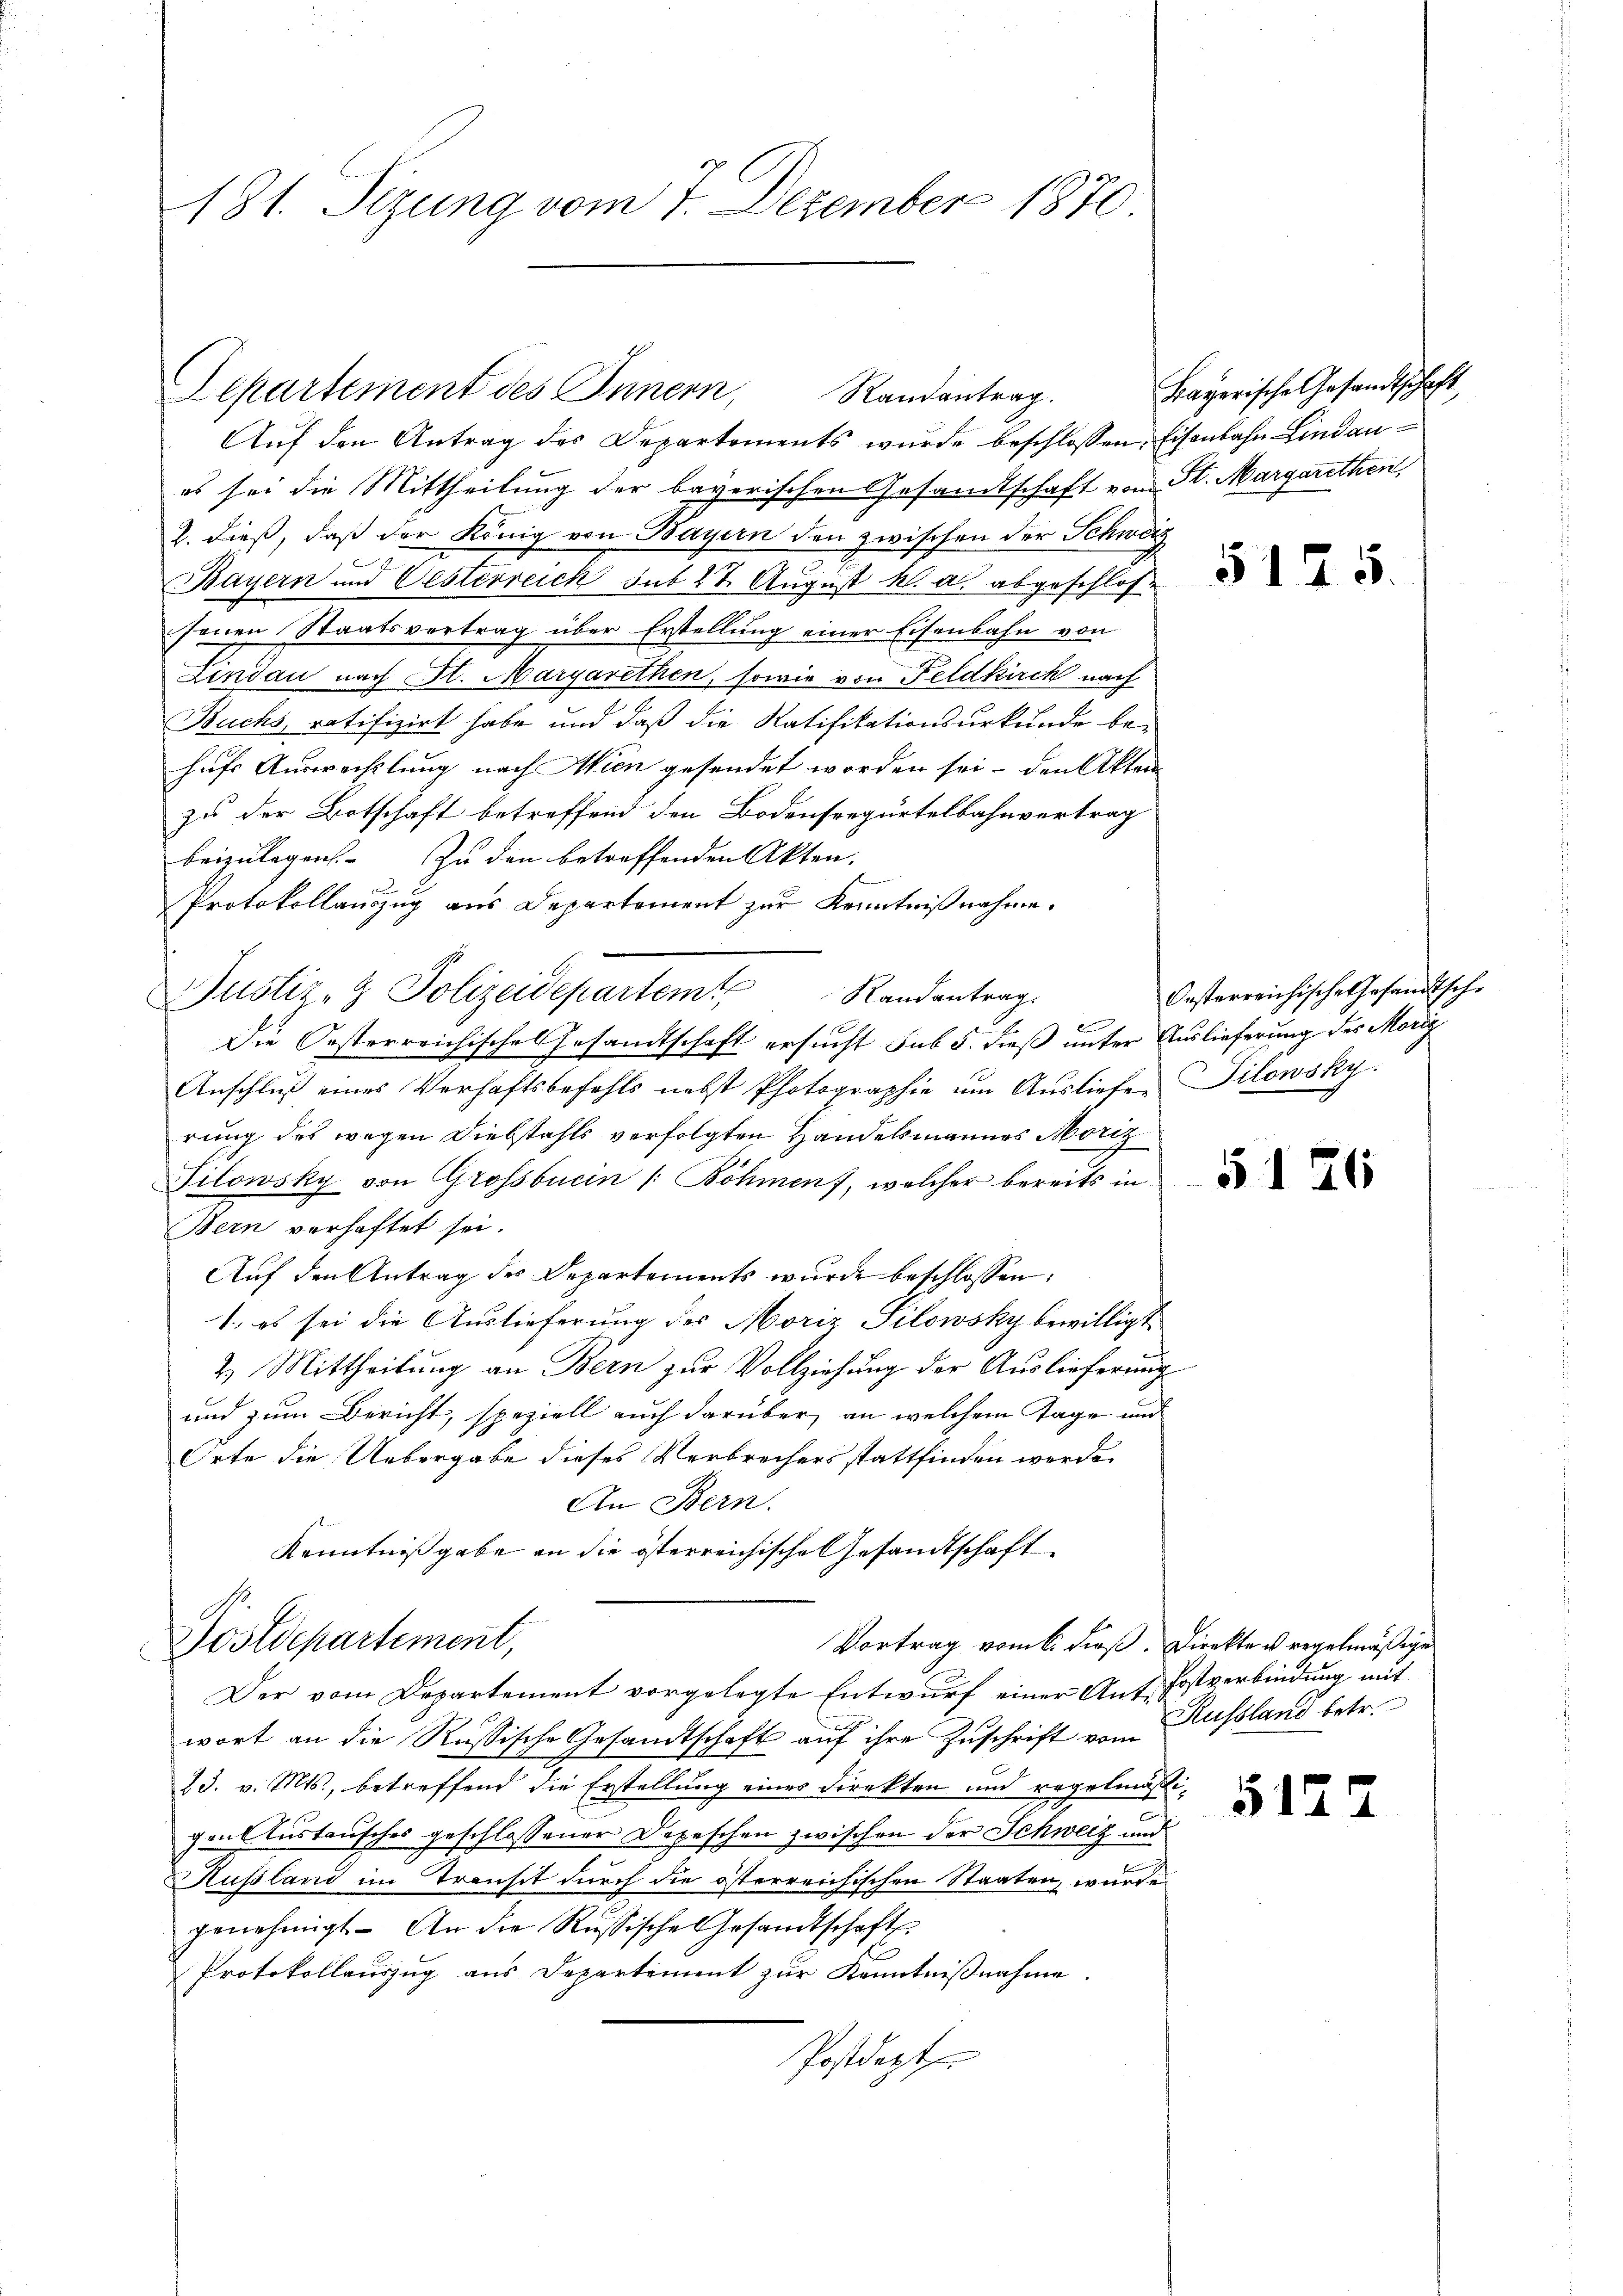
181. Sizung vom 7. Dezember 1870

Auf den Antrag des Departements wurde beschlossen, Eisenbahn Lindaues sei die Mittheilung der bayerischen Gesandtschaft vom St. Margarethen
2. dieß, daß der König von Bayern den zwischen der Schweiz
Bayern und Oesterreich sub 27. August k. a. abgeschlossenen Staatsvertrag über Erstellung einer Eisenbahn von
Lindau nach St. Margarethen, sowie von Feldkirch nach
Buchs, ratifizirt habe und daß die Ratifikationsurkunde behufs Auswechslung nach Wien gesendet worden sei, den Akten
zu der Botschaft betreffend den Bodenseegürtelbahnvertrag
beizulegen. Zu den betreffenden Akten,
Protokollauszug aus Departement zur Kenntnißnahme.
Die Oesterreichische Gesandtschaft ersucht sub 5. dieß unter Auslieferung des Moriz
Anschlŭβ eines Verhaftsbefehls nebst Photographie ŭm Aŭsliefen Pilowsky.
rung des wegen Diebstahls verfolgten Handelsmannes Moriz
Tilowsky von Grossbucin /: Böhmen, welcher bereits in
Bern verhaftet sei.
Auf den Antrag des Departements wurde beschlossen:
1., es sei die Auslieferung des Moriz Silowsky bewilligt
2) Mittheilung an Bern zur Vollziehung der Auslieferung
und zum Bericht, speziell auch darüber, an welchem Tage und
Orte die Uebergabe dieses Verbrechers stattfinden werde
An Bern.
Kenntnißgabe an die österreichische Gesandtschaft
Vortrag vom 6. dieß. Direkte u. regelmäßige
Postdepartement,
Der vom Departement vorgelegte Entwurf einer Auf Postverbindung mit
wort an die Rußische Gesandtschaft auf ihre Zuschrift von Russland betr.
23. v. Mts., betreffend die Erstellung eines Direkten und regelmäßigenlustausches geschlossener Depeschen zwischen der Schweiz und
Kussland im Transit durch die österreichischen Staaten, wurde
genehmigt. An die Russische Gesandtschaft
Protokollauszug aus Departement zur Kenntnißnahme.

Departement des Innern, Randantrag.

Justiz- & Polizeidepartem Randantrag.

Bayerische Gesandtschaft

512

Oesterreichische Gesandtsche

55

515